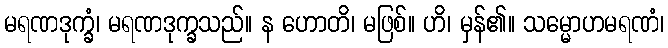
မရဏဒုက္ခံ၊ မရဏဒုက္ခသည်။ န ဟောတိ၊ မဖြစ်။ ဟိ၊ မှန်၏။ သမ္မောဟမရဏံ၊